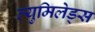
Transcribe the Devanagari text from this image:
ल्युमिलेड्स